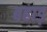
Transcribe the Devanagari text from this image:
बहाड़